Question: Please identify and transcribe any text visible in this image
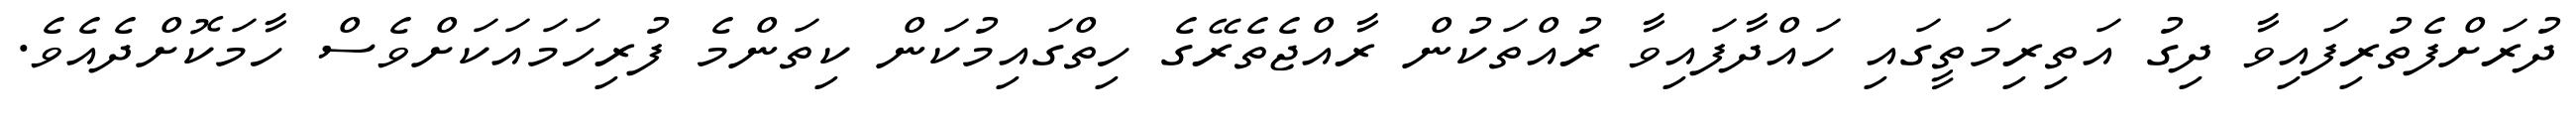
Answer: ދުރަށްފެތުރިފައިވާ ދިގު އަތިރިމަތީގައި ހައްދާފައިވާ ރުއްތަކުން ރާއްޖެތެރޭގެ ހިތްގައިމުކަން ކިތަންމެ ފުރިހަމައަކަށްވެސް ހާމަކޮށްދެއެވެ.